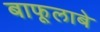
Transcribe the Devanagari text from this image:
बाफूलाबे